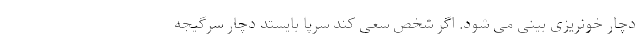
دچار خونریزی بینی می شود. اگر شخص سعی کند سرپا بایستد دچار سرگیجه